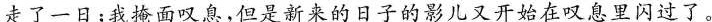
走了一日；我掩面叹息，但是新来的日子的影儿又开始在叹息里闪过了。